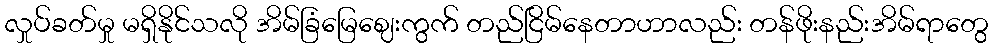
လှုပ်ခတ်မှု မရှိနိုင်သလို အိမ်ခြံမြေဈေးကွက် တည်ငြိမ်နေတာဟာလည်း တန်ဖိုးနည်းအိမ်ရာတွေ